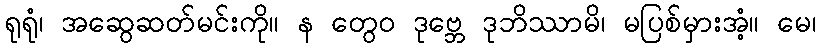
ရုရုံ၊ အဆွေဆတ်မင်းကို။ န တွေဝ ဒုဗ္ဘေ ဒုဘိဿာမိ၊ မပြစ်မှားအံ့။ မေ၊